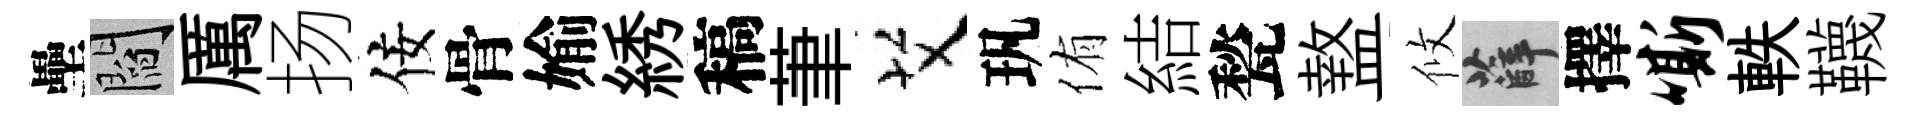
壘閻厲扬佞骨媮綉稿茟艾㺬侑結甃盩攸薛擇嘶軼韈